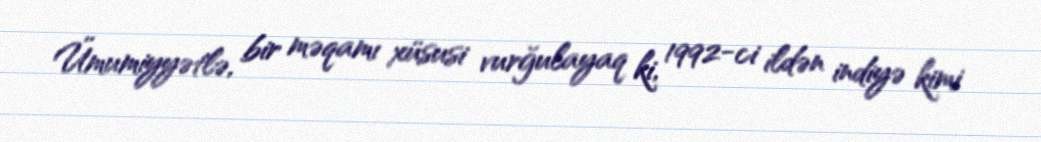
Ümumiyyətlə, bir məqamı xüsusi vurğulayaq ki, 1992-ci ildən indiyə kimi